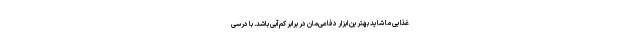
غذایی ما شاید بهترین ابزار دفاعی‌مان در برابر کم‌آبی باشد. با درسی